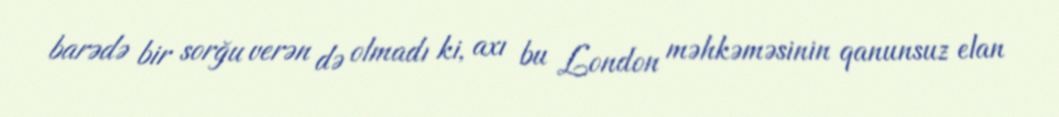
barədə bir sorğu verən də olmadı ki, axı bu London məhkəməsinin qanunsuz elan